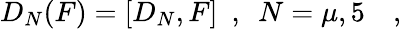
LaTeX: D_{N}(F)=[D_{N},F]~~,~~N=\mu,5~~~~,